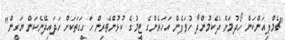
"ޗެމްޕިއަންކަން ހޯދުމަށް ދެކެމުންދާ ހުވަފެން އަހަރެންގެ ޓީމުގެ ކުޅުންތެރިން ހަގީގަތަކަށް ހަދައިދޭނެކަން ޔަގީން"